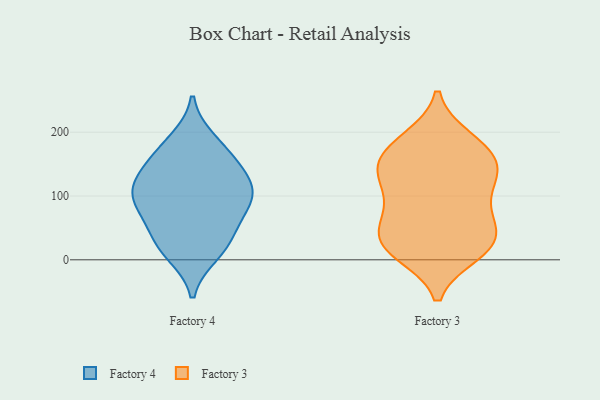
{"axis": {"x": "Conversion Rate (%)", "y": "Value"}, "legend": ["Factory 3", "Factory 4"], "data": [{"x": "", "y": 27, "type": "Factory 4"}, {"x": "", "y": 171, "type": "Factory 4"}, {"x": "", "y": 187, "type": "Factory 4"}, {"x": "", "y": 141, "type": "Factory 4"}, {"x": "", "y": 70, "type": "Factory 4"}, {"x": "", "y": 97, "type": "Factory 4"}, {"x": "", "y": 101, "type": "Factory 4"}, {"x": "", "y": 151, "type": "Factory 4"}, {"x": "", "y": 99, "type": "Factory 4"}, {"x": "", "y": 123, "type": "Factory 4"}, {"x": "", "y": 57, "type": "Factory 4"}, {"x": "", "y": 10, "type": "Factory 4"}, {"x": "", "y": 105, "type": "Factory 4"}, {"x": "", "y": 22, "type": "Factory 4"}, {"x": "", "y": 66, "type": "Factory 3"}, {"x": "", "y": 142, "type": "Factory 3"}, {"x": "", "y": 136, "type": "Factory 3"}, {"x": "", "y": 19, "type": "Factory 3"}, {"x": "", "y": 133, "type": "Factory 3"}, {"x": "", "y": 11, "type": "Factory 3"}, {"x": "", "y": 172, "type": "Factory 3"}, {"x": "", "y": 68, "type": "Factory 3"}, {"x": "", "y": 27, "type": "Factory 3"}, {"x": "", "y": 183, "type": "Factory 3"}, {"x": "", "y": 28, "type": "Factory 3"}, {"x": "", "y": 189, "type": "Factory 3"}, {"x": "", "y": 165, "type": "Factory 3"}, {"x": "", "y": 113, "type": "Factory 3"}, {"x": "", "y": 83, "type": "Factory 3"}, {"x": "", "y": 134, "type": "Factory 3"}, {"x": "", "y": 43, "type": "Factory 3"}, {"x": "", "y": 17, "type": "Factory 3"}]}